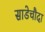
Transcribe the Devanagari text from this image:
साडेचौदा